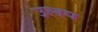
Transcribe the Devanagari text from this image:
उलप